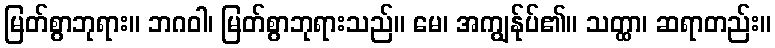
မြတ်စွာဘုရား။ ဘဂဝါ၊ မြတ်စွာဘုရားသည်။ မေ၊ အကျွန်ုပ်၏။ သတ္ထာ၊ ဆရာတည်း။